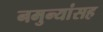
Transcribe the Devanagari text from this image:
नमुन्यांसह